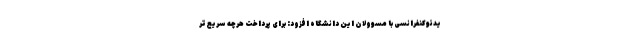
یدئوکنفرانسی با مسوولان این دانشگاه افزود: برای پرداخت هرچه سریع‌تر